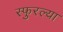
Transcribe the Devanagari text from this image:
स्फुरल्या